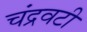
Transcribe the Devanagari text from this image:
चंद्रवटी